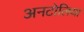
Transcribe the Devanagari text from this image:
अनटोलिया